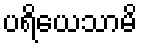
ပရိယေသာမိ